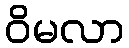
ဝိမလာ